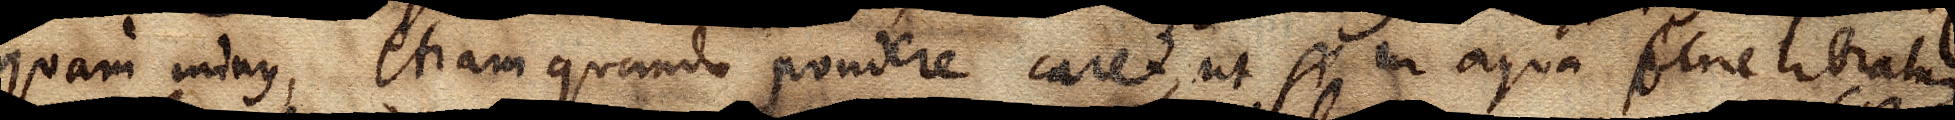
quam minus, etiam quando pondere caret, ut si in aqua pene libratum